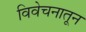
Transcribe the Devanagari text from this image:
विवेचनातून